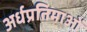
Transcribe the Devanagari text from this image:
अर्धप्रतिमाओं